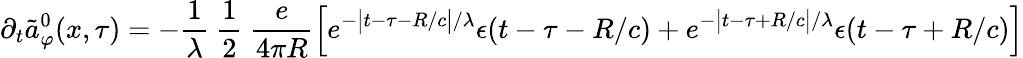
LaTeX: \partial_{t}\tilde{a}_{\varphi}^{0}(x,\tau)=-\frac{1}{\lambda}\ \frac 12\ \frac{e}{4\pi R}\left[e^{-\bigl|t-\tau-R/c\bigr|/\lambda}\epsilon(t-\tau-R/c)+e^{-\bigl|t-\tau+R/c\bigr|/\lambda}\epsilon(t-\tau+R/c)\right]